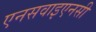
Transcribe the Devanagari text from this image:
एनसवाइएनसी